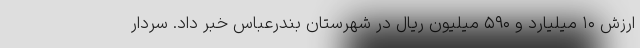
ارزش ۱۰ میلیارد و ۵۹۰ میلیون ریال در شهرستان بندرعباس خبر داد. سردار